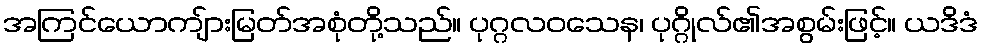
အကြင်ယောကျ်ားမြတ်အစုံတို့သည်။ ပုဂ္ဂလဝသေန၊ ပုဂ္ဂိုလ်၏အစွမ်းဖြင့်။ ယဒိဒံ